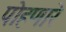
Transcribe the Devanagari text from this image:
पोहणारे